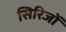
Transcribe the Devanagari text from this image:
सिरिजों